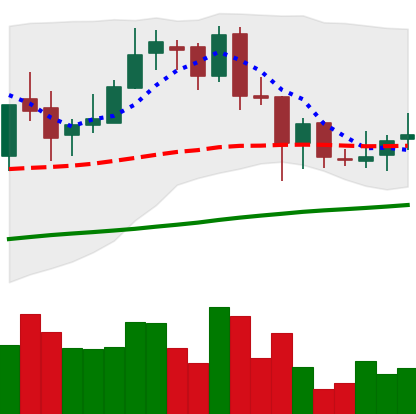
Ticker: BNB-USD
Chart end date: 2018-06-30
Forward return: -5.504%
Label: down_5_7